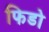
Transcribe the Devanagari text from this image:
फिडो